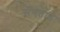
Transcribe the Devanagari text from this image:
संगतात